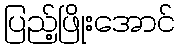
ပြည့်ဖြိုးအောင်